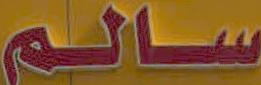
سالم